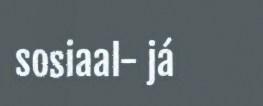
sosiaal- já